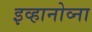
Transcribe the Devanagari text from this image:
इव्हानोव्ना